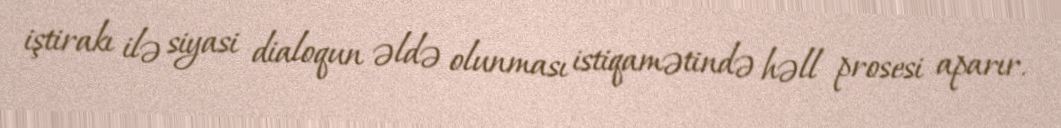
iştirakı ilə siyasi dialoqun əldə olunması istiqamətində həll prosesi aparır.